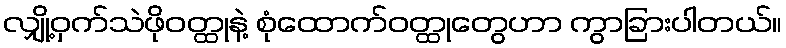
လျှို့ဝှက်သဲဖိုဝတ္ထုနဲ့ စုံထောက်ဝတ္ထုတွေဟာ ကွာခြားပါတယ်။